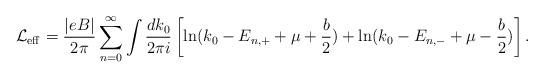
LaTeX: \begin{align*}\mbox{$\cal L$}_{{\rm eff}}=\frac{|eB |}{2\pi } \sum_{n=0}^{\infty }\int \frac{dk_{0}}{2 \pi i} \left[ \ln (k_{0}-E_{n,+}+\mu +\frac{b}{2})+\ln (k_{0}-E_{n,-}+\mu -\frac{b}{2})\right]. \end{align*}